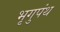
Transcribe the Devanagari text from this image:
भृगुपंथ